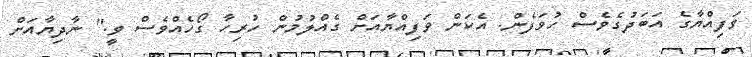
ވަފިއްޔާގެ އަބަދުގެވެސް ހުވަފެން. އެކަން ވަފިއްޔާއަށް ގެއްލުމުން ހުރިހާ ގޯހެއްވެސް ވީ." ނާދިޔާއަށް